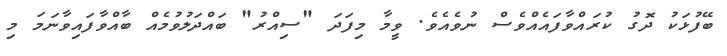
ބޭފުޅަކު ދޮގު ކުރައްވާފައެއްވެސް ނުވެއެވެ. ވީމާ މިފަދަ "ސިއްރު" ބައްދަލުވުމެއް ބާއްވާފައިވާނަމަ މި